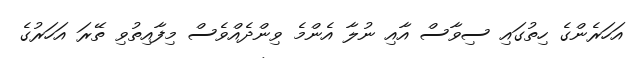
އަހަރެންގެ ހިތުގައި ސިވާސް އާއި ނުލާ އެންމެ ވިންދެއްވެސް މިފާއިތުވި ތޭރަ އަހަރުގެ